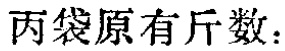
丙袋原有斤数：